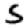
Digit: 5